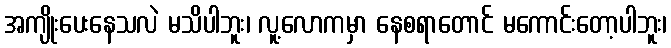
အကျိုးပေးနေသလဲ မသိပါဘူး၊ လူ့လောကမှာ နေစရာတောင် မကောင်းတော့ပါဘူး၊